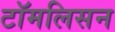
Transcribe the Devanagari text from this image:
टॉमलिसन